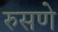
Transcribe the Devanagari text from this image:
रुसणे